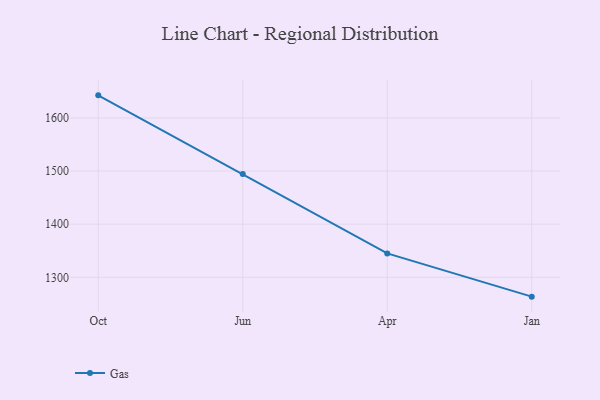
{"axis": {"x": "Month", "y": "Shipments"}, "legend": ["Gas"], "data": [{"x": "Oct", "y": 1642.5, "type": "Gas"}, {"x": "Jun", "y": 1494.4, "type": "Gas"}, {"x": "Apr", "y": 1345.0, "type": "Gas"}, {"x": "Jan", "y": 1263.6, "type": "Gas"}]}